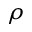
\rho